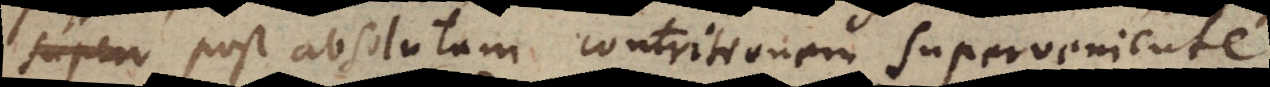
post absolutam contritionem superveniente